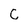
Character: C